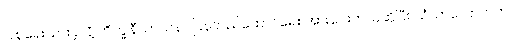
ပြုစုရေးသားခဲ့လို့ ဘိက္ခုနီသာသနာ ပြန်တည်ထောင်ရေး အားပေးတယ်ဆိုပြီး သံဃာလောကက